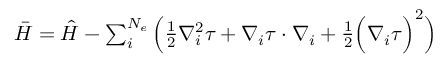
\begin{array} { r } { \bar { H } = \hat { H } - \sum _ { i } ^ { N _ { e } } \Big ( \frac { 1 } { 2 } \nabla _ { i } ^ { 2 } \tau + \boldsymbol { \nabla } _ { i } \tau \cdot \boldsymbol { \nabla } _ { i } + \frac { 1 } { 2 } \Big ( \boldsymbol { \nabla } _ { i } \tau \Big ) ^ { 2 } \Big ) } \end{array}